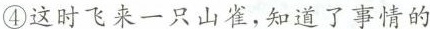
④这时飞来一只山雀，知道了事情的